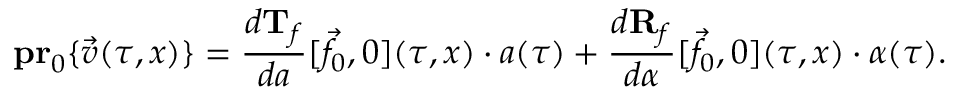
{ \bf p r } _ { 0 } \{ \vec { v } ( \tau , x ) \} = \frac { d { \bf T } _ { f } } { d a } [ \vec { f } _ { 0 } , 0 ] ( \tau , x ) \cdot a ( \tau ) + \frac { d { \bf R } _ { f } } { d \alpha } [ \vec { f } _ { 0 } , 0 ] ( \tau , x ) \cdot \alpha ( \tau ) .